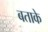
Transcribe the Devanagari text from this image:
बताके